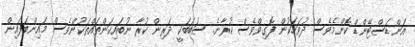
އަންޑަސްޓޭންޑް ކޮންމެވެސް ދުވަހަކުން ފޮގިވްވެސް ކުރާނެ. ސަބަބަކީ ދަރިން ކުރާ ނުބައިކަންތައްތަކުންވެސް މައިންބަފައިން